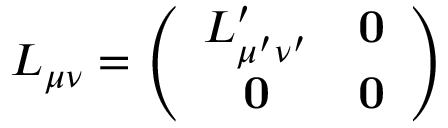
L _ { \mu \nu } = \left( \begin{array} { c c } { { L _ { \mu ^ { \prime } \nu ^ { \prime } } ^ { \prime } } } & { { \mathbf { 0 } } } \\ { { \mathbf { 0 } } } & { { \mathbf { 0 } } } \end{array} \right)